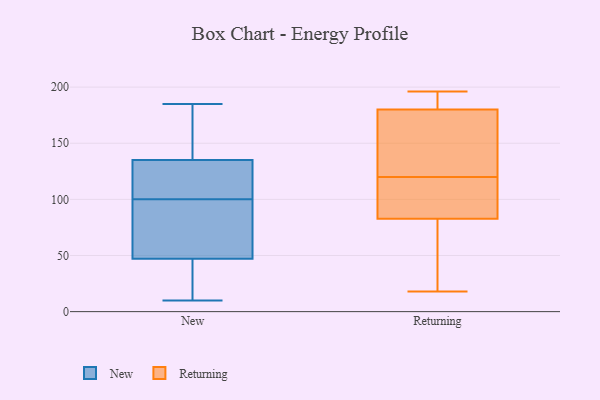
{"axis": {"x": "Population (Million)", "y": "Value"}, "legend": ["New", "Returning"], "data": [{"x": "", "y": 72, "type": "New"}, {"x": "", "y": 47, "type": "New"}, {"x": "", "y": 132, "type": "New"}, {"x": "", "y": 10, "type": "New"}, {"x": "", "y": 47, "type": "New"}, {"x": "", "y": 26, "type": "New"}, {"x": "", "y": 144, "type": "New"}, {"x": "", "y": 185, "type": "New"}, {"x": "", "y": 101, "type": "New"}, {"x": "", "y": 100, "type": "New"}, {"x": "", "y": 81, "type": "New"}, {"x": "", "y": 160, "type": "New"}, {"x": "", "y": 101, "type": "New"}, {"x": "", "y": 190, "type": "Returning"}, {"x": "", "y": 18, "type": "Returning"}, {"x": "", "y": 85, "type": "Returning"}, {"x": "", "y": 162, "type": "Returning"}, {"x": "", "y": 89, "type": "Returning"}, {"x": "", "y": 120, "type": "Returning"}, {"x": "", "y": 186, "type": "Returning"}, {"x": "", "y": 196, "type": "Returning"}, {"x": "", "y": 82, "type": "Returning"}, {"x": "", "y": 77, "type": "Returning"}, {"x": "", "y": 154, "type": "Returning"}]}